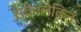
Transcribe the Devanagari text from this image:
सकें।लेकिन